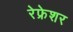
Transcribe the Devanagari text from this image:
रेफ्रेशर